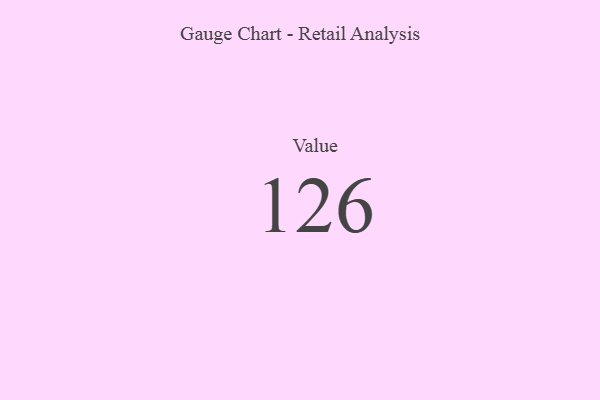
{"axis": {"x": "Metric", "y": "Value"}, "legend": [""], "data": [{"x": "Value", "y": 126, "type": ""}]}